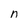
Character: n